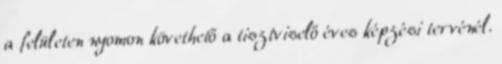
a felületen nyomon követhető a tisztviselő éves képzési tervénél.